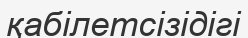
қабілетсізідігі